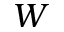
W